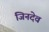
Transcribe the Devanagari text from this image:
जिनदेव